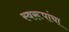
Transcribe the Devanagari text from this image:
स्वरूपांचा